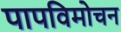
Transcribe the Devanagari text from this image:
पापविमोचन